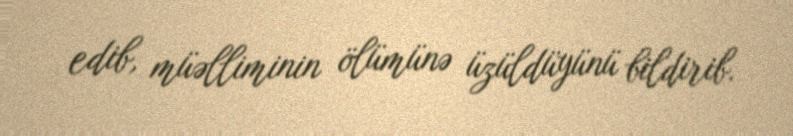
edib, müəlliminin ölümünə üzüldüyünü bildirib.